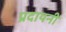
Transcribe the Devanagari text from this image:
प्रदायनी